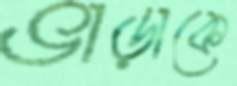
ভাড়াকে